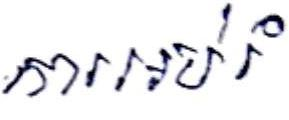
ការអប់រំ